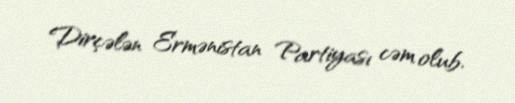
Dirçələn Ermənistan Partiyası cəm olub.